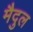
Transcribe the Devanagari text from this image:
मैदुल